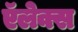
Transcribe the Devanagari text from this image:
ऍलेक्स